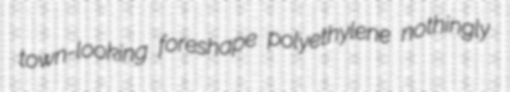
town-looking foreshape polyethylene nothingly